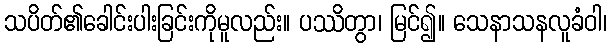
သပိတ်၏ခေါင်းပါးခြင်းကိုမူလည်း။ ပဿိတွာ၊ မြင်၍။ သေနာသနလူခံဝါ၊